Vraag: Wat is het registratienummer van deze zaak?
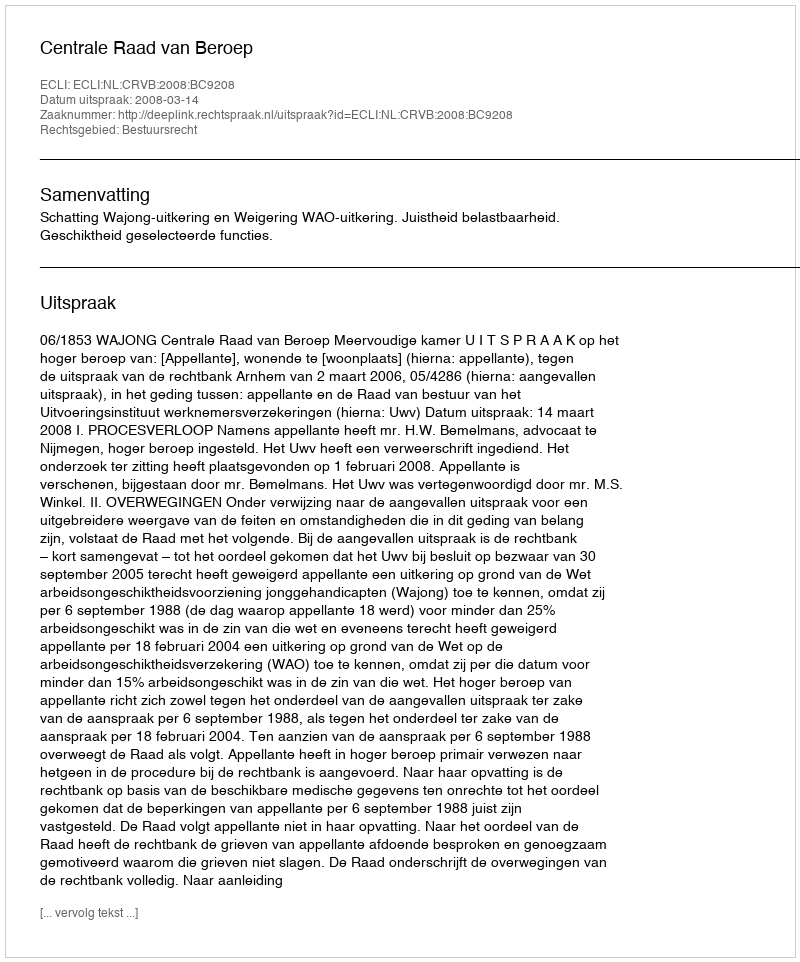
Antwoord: http://deeplink.rechtspraak.nl/uitspraak?id=ECLI:NL:CRVB:2008:BC9208